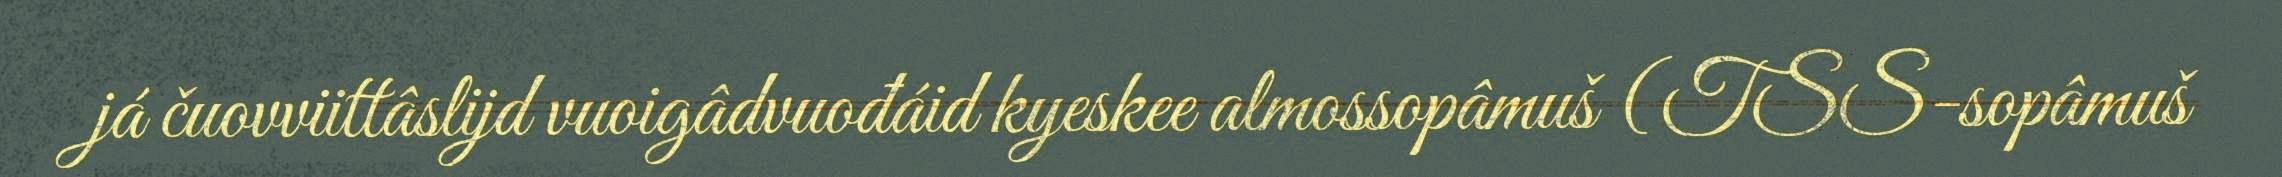
já čuovviittâslijd vuoigâdvuođáid kyeskee almossopâmuš (TSS-sopâmuš